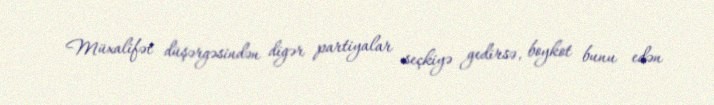
Müxalifət düşərgəsindən digər partiyalar seçkiyə gedirsə, boykot bunu edən